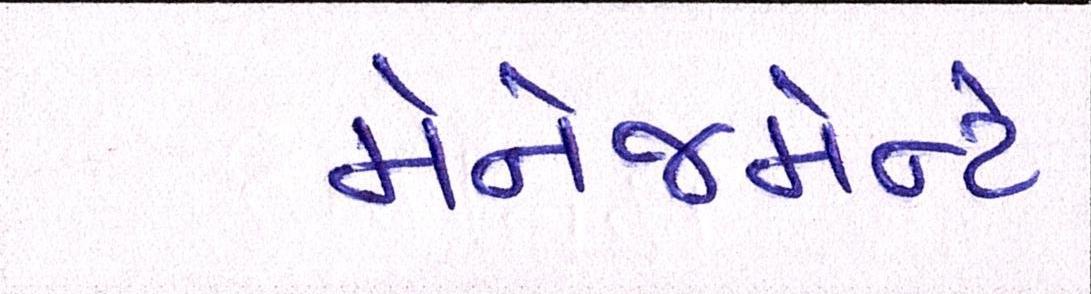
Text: મૅનેજમેન્ટે